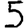
Digit: 5